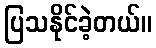
ပြသနိုင်ခဲ့တယ်။